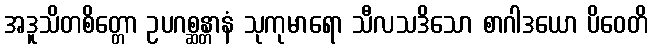
အဒူသိတစိတ္တော ဥပဂစ္ဆန္တာနံ သုကုမာရော သီလသဒိသော စာဂါဒယော ပိဝေတိ